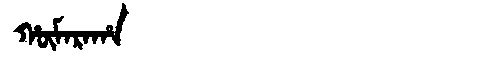
Manchu: ᡥᡡᠮᠠᡵᠠᡥᠠ
Romanization: HŪMARAHA